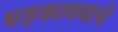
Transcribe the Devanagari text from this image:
धड़कावयाचे